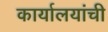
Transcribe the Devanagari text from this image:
कार्यालयांची